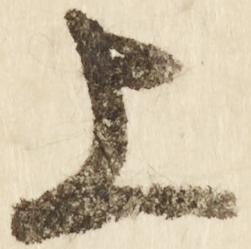
上